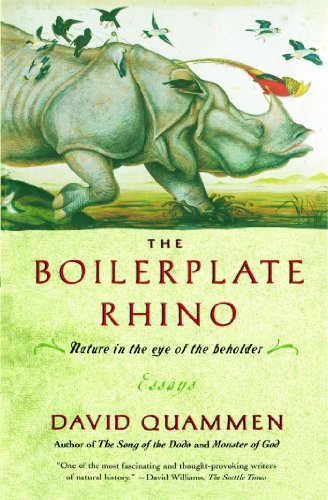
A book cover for The Boilerplate Rhino: Nature in the Eye of the Beholder; David Quammen; Politics & Social Sciences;